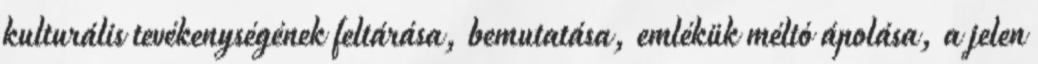
kulturális tevékenységének feltárása, bemutatása, emlékük méltó ápolása, a jelen